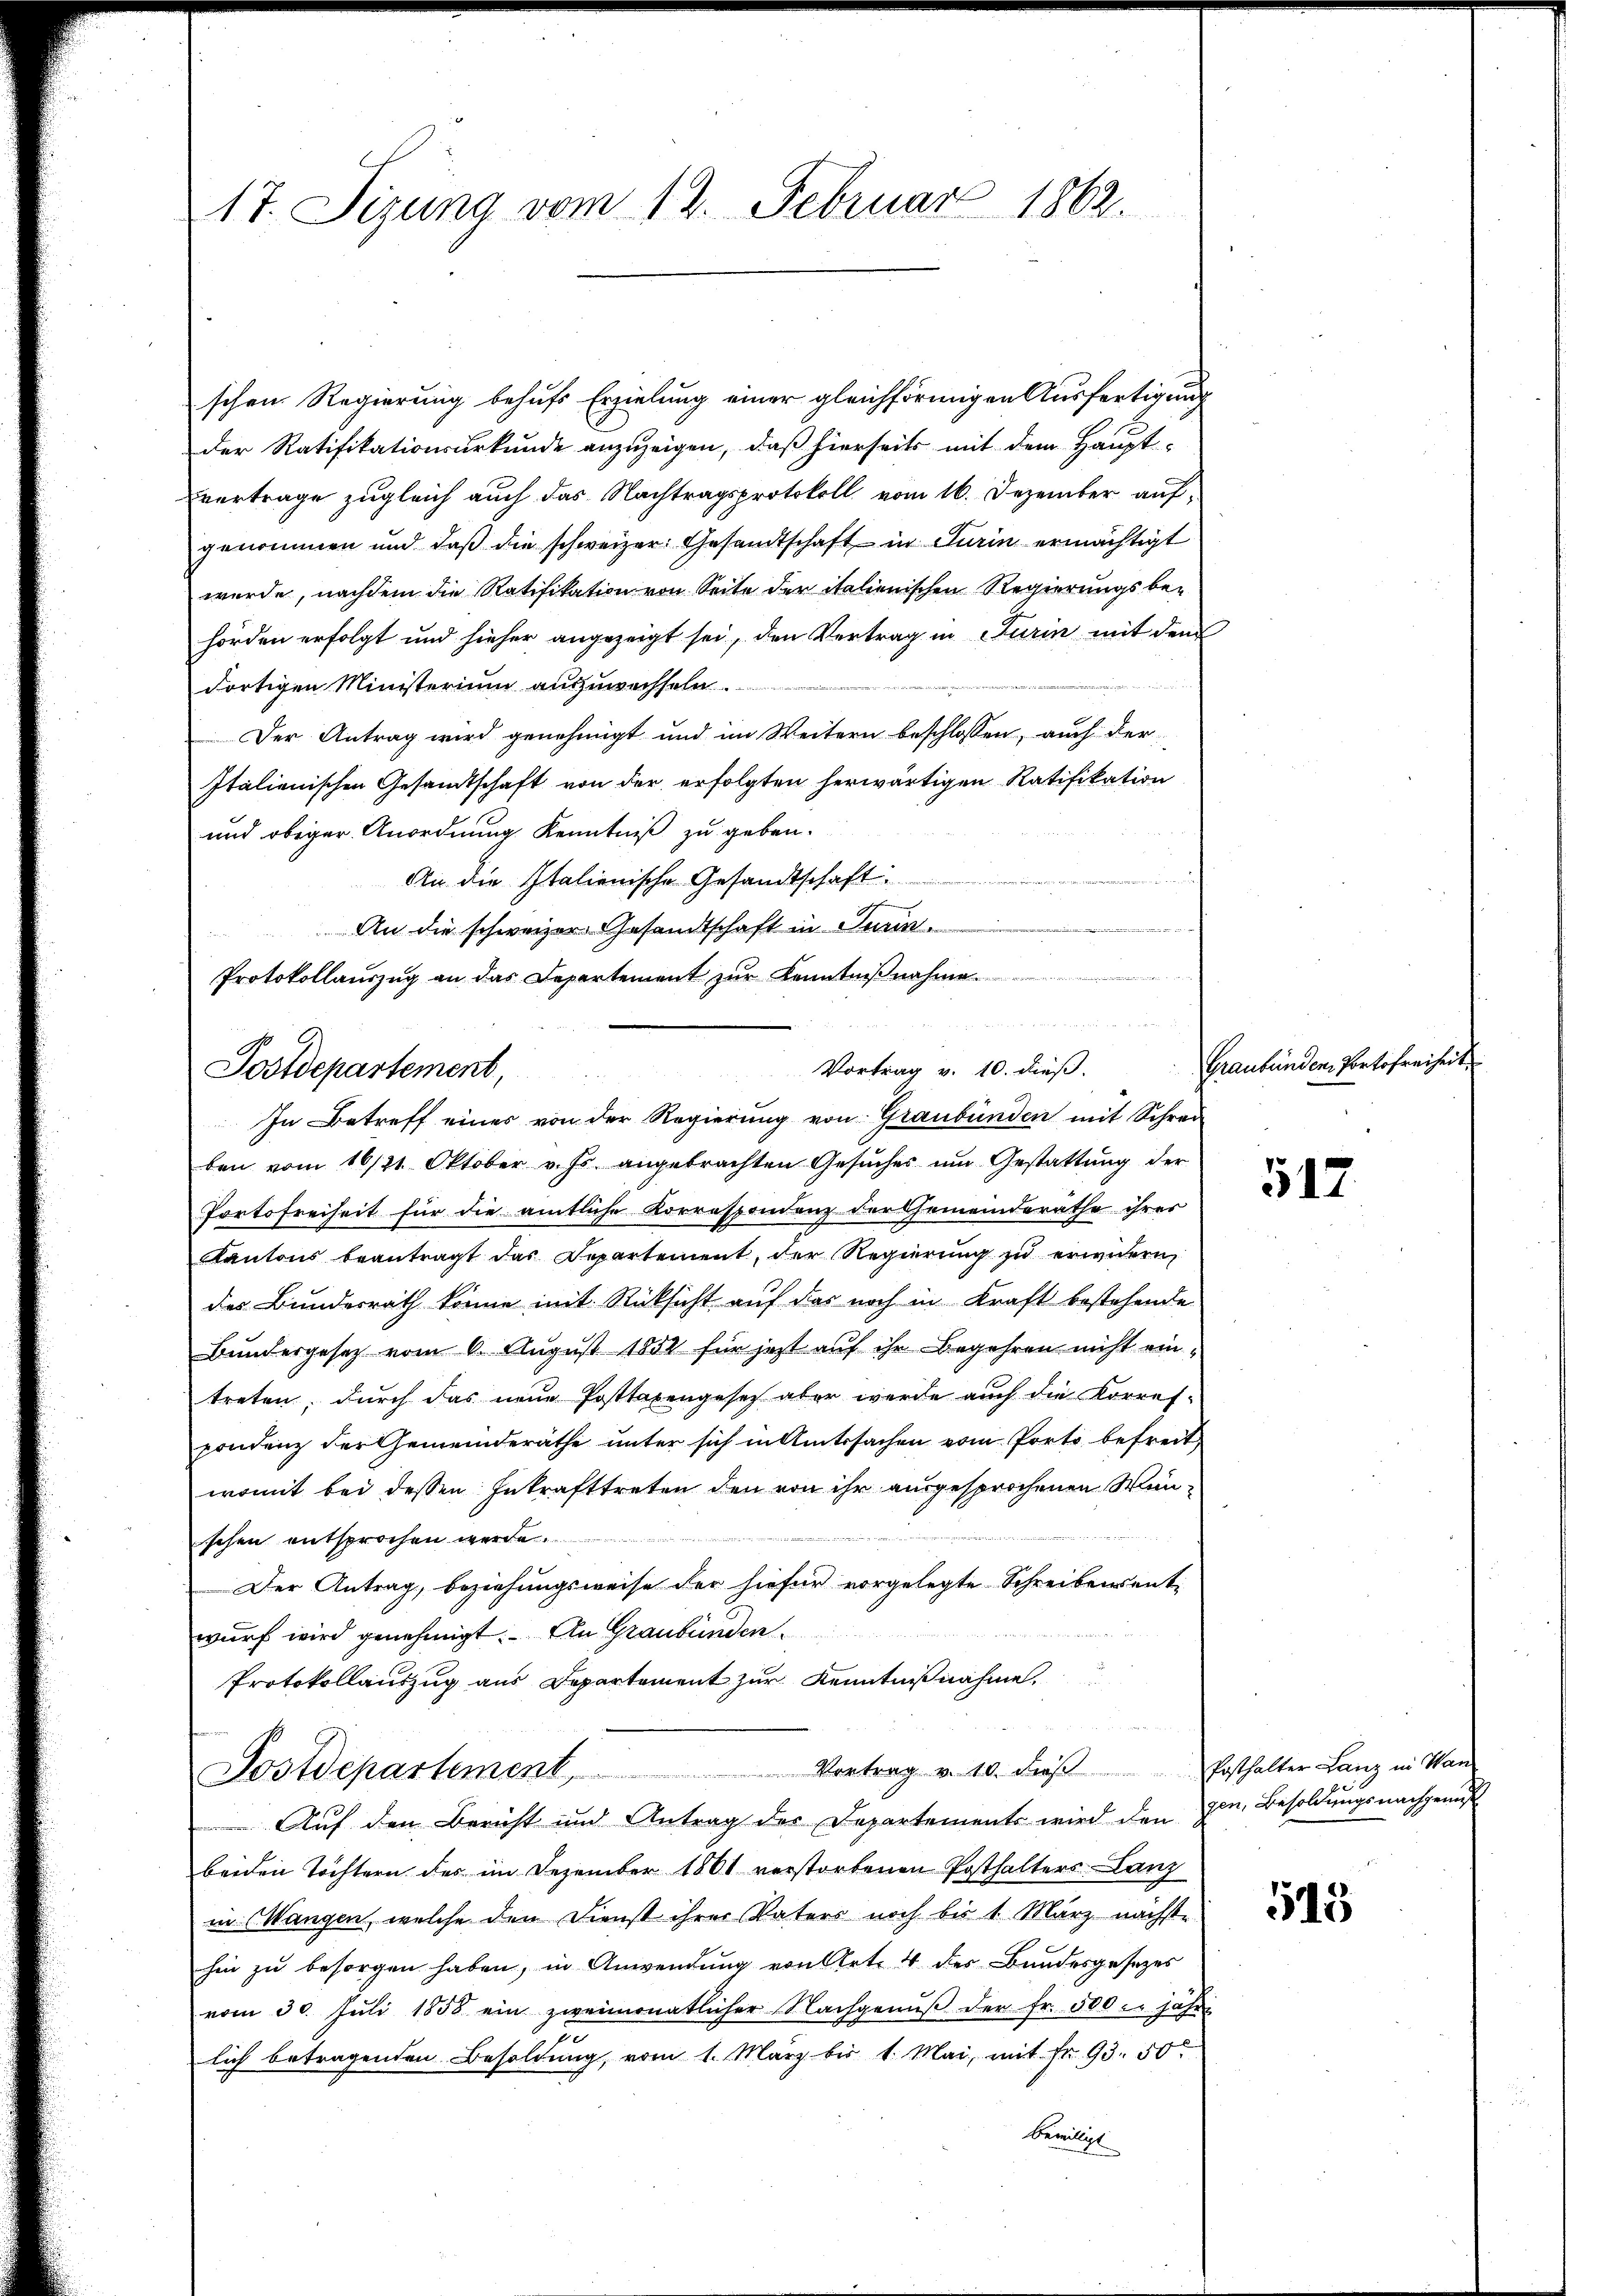
17. Sizung vom 12. Februar 1862.

schen Regierung behufs Erzielung einer gleichförmigen Ausfertigung
der Ratifikationsurkunde anzuzeigen, daß hierseits mit dem Haupt-
vertrage zugleich auch das Nachtragsprotokoll vom 16. Dezember aufgenommen und daß die schweizer. Gesandtschaft in Turin ermächtigt
wurde, nachdem die Ratifikation von Seite der italienischen Regierungsbehörden erfolgt und hieher angezeigt sei, den Vertrag in Turin mit dem
dortigen Ministerium auszuwechseln.
Der Antrag wird genehmigt und im Weitern beschlossen, auch der
Italienischen Gesandtschaft von der erfolgten herwärtigen Ratifikation
und obiger Anordnung Kenntniß zu geben.
An die Italienische Gesandtschaft
An die schweizer Gesandtschaft in Turin
Protokollauszug an das Departement zŭr Kenntniβnahme.

Vortrag v. 10. dieß.
Postdepartement,

In Betreff eines von der Regierung von Graubünden mit Schrei
ben vom 16/21. Oktober v. Js. angebrachten Gesŭches um Gestattŭng der
Portofreiheit für die amtliche Korrespondenz der Gemeinderathe ihrer
Kantons beantragt das Departement, der Regierŭng zŭ erwidern,
des Bundesrath könne mit Rücksicht auf das noch in Kraft bestehende
Bundesgesetz vom 6. August 1852 für jetzt auf ihr Begehren nicht eintreten, durch das neue Posttaxengesetz aber werde auch die Korres-
sondenz der Gemeinderäthe unter sich in Amtssachen vom Porto befreit
womit bei dessen Inkrafttreten den von ihr ausgesprochenen Wanschen entsprochen werde.
Der Antrag, beziehungsweise der hiefür vorgelegte Schreibensentwurf wird genehmigt. An Graubünden.
Protokollauszug aus Departement zur Kenntnißnahme.
Postdepartement, Vortrag v. 10. dieβ Posthalter Lanz in Man
Auf den Bericht und Antrag der Departements wird den gen. Besoldungsnachgemeß
beiden Töchtern des im Dezember 1861 verstorbenen Posthalters Lanz
in Mangen, welche den Dienst ihrer Vaters noch bis 1. März nächste
hin zu besorgen haben, in Anwendung von Art. 4 der Bundesgesetzes
vom 30. Jŭli 1858 ein zweimonatlicher Nachgenŭβ der fr. 500 l. Jahre
lich betragenden Besoldung, vom 1. März bis 1. Mai, mit Fr. 93. 50.
bewilligt

Graubünden Portofreiheit

517.

545